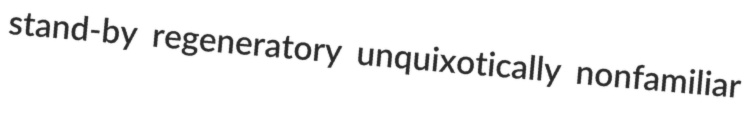
stand-by regeneratory unquixotically nonfamiliar